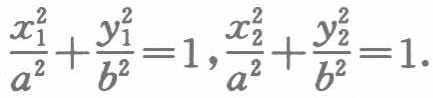
$\frac{x_{1}^{2}}{a^{2}}+\frac{y_{1}^{2}}{b^{2}} = 1,\frac{x_{2}^{2}}{a^{2}}+\frac{y_{2}^{2}}{b^{2}} = 1.$